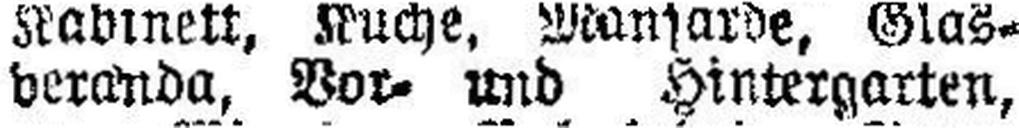
veranda, Vor- und Hintergarten,